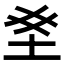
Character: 𫭣